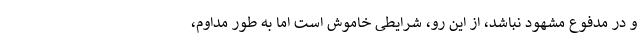
و در مدفوع مشهود نباشد، از این رو، شرایطی خاموش است اما به طور مداوم،